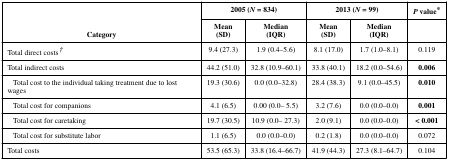
<table><thead><tr><td rowspan="2"><b>Category</b></td><td colspan="2"><b>2005 (<i>N</i> = 834)</b></td><td colspan="2"><b>2013 (<i>N</i> = 99)</b></td><td><b><i>P</i> value*</b></td></tr><tr><td><b>Mean (SD)</b></td><td><b>Median (IQR)</b></td><td><b>Mean (SD)</b></td><td><b>Median (IQR)</b></td><td></td></tr></thead><tbody><tr><td>Total direct costs†</td><td>9.4 (27.3)</td><td>1.9 (0.4–5.6)</td><td>8.1 (17.0)</td><td>1.7 (1.0–8.1)</td><td>0.119</td></tr><tr><td>Total indirect costs</td><td>44.2 (51.0)</td><td>32.8 (10.9–60.1)</td><td>33.8 (40.1)</td><td>18.2 (0.0–54.6)</td><td><b>0.006</b></td></tr><tr><td>Total cost to the individual taking treatment due to lost wages</td><td>19.3 (30.6)</td><td>0.0 (0.0–32.8)</td><td>28.4 (38.3)</td><td>9.1 (0.0–45.5)</td><td><b>0.010</b></td></tr><tr><td>Total cost for companions</td><td>4.1 (6.5)</td><td>0.00 (0.0– 5.5)</td><td>3.2 (7.6)</td><td>0.0 (0.0–0.0)</td><td><b>0.001</b></td></tr><tr><td>Total cost for caretaking</td><td>19.7 (30.5)</td><td>10.9 (0.0– 27.3)</td><td>2.0 (9.1)</td><td>0.0 (0.0–0.0)</td><td><b>&lt; 0.001</b></td></tr><tr><td>Total cost for substitute labor</td><td>1.1 (6.5)</td><td>0.0 (0.0–0.0)</td><td>0.2 (1.8)</td><td>0.0 (0.0–0.0)</td><td>0.072</td></tr><tr><td>Total costs</td><td>53.5 (65.3)</td><td>33.8 (16.4–66.7)</td><td>41.9 (44.3)</td><td>27.3 (8.1–64.7)</td><td>0.104</td></tr></tbody></table>